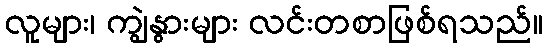
လူများ၊ ကျွဲနွားများ လင်းတစာဖြစ်ရသည်။